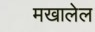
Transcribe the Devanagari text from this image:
मखालेल